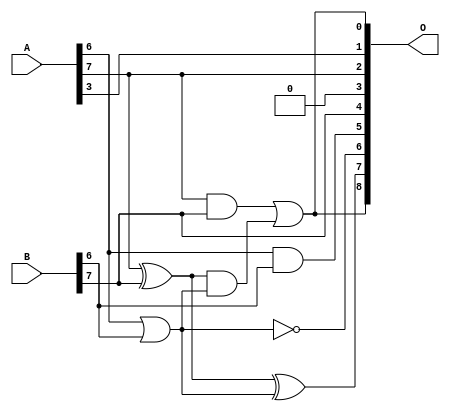
/***
* This code is a part of EvoApproxLib library (ehw.fit.vutbr.cz/approxlib) distributed under The MIT License.
* When used, please cite the following article(s):  
* This file contains a circuit from a sub-set of pareto optimal circuits with respect to the pwr and mse parameters
***/
// MAE% = 4.92 %
// MAE = 25 
// WCE% = 17.97 %
// WCE = 92 
// WCRE% = 6300.00 %
// EP% = 98.77 %
// MRE% = 14.58 %
// MSE = 960 
// PDK45_PWR = 0.0046 mW
// PDK45_AREA = 15.0 um2
// PDK45_DELAY = 0.17 ns


module add8u_006(A, B, O);
  input [7:0] A, B;
  output [8:0] O;
  wire sig_47, sig_48, sig_49, sig_50;
  assign O[5] = A[6] & B[6];
  assign O[3] = 1'b0;
  assign O[6] = !(A[6] | B[6]);
  assign O[4] = B[7];
  assign sig_47 = B[6] | A[6];
  assign sig_48 = A[7] ^ B[7];
  assign sig_49 = A[7] & B[7];
  assign sig_50 = sig_48 & sig_47;
  assign O[7] = sig_48 ^ sig_47;
  assign O[0] = sig_49 | sig_50;
  assign O[1] = A[3];
  assign O[2] = A[7];
  assign O[8] = O[0];
endmodule